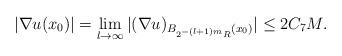
LaTeX: \begin{align*} |\nabla u(x_0)| = \lim_{l \to \infty} |(\nabla u)_{B_{2^{-(l+1)m}R}(x_0)}| \leq 2C_7M. \end{align*}